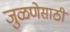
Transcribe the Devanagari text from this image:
जुळणेसाठी